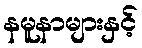
နမူနာများနှင့်